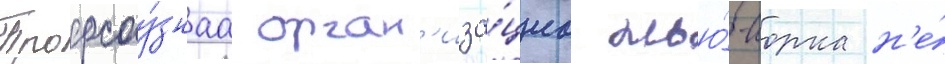
Профсоу́знаа орган'иза́циа нью́-иорка н'е́